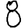
Digit: 8